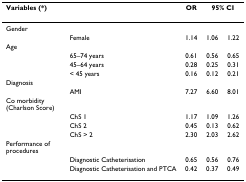
| Variables (*) |  | OR | <COLSPAN=2> 95% CI |
 | --- | --- | --- | --- | --- |
 | Gender |  |  |  |  |
 |  | Female | 1.14 | 1.06 | 1.22 |
 | Age |  |  |  |  |
 |  | 65–74 years | 0.61 | 0.56 | 0.65 |
 |  | 45–64 years | 0.28 | 0.25 | 0.31 |
 |  | < 45 years | 0.16 | 0.12 | 0.21 |
 | Diagnosis |  |  |  |  |
 |  | AMI | 7.27 | 6.60 | 8.01 |
 | Co morbidity (Charlson Score) |  |  |  |  |
 |  | ChS 1 | 1.17 | 1.09 | 1.26 |
 |  | ChS 2 | 0.45 | 0.13 | 0.62 |
 |  | ChS > 2 | 2.30 | 2.03 | 2.62 |
 | Performance of procedures |  |  |  |  |
 |  | Diagnostic Catheterisation | 0.65 | 0.56 | 0.76 |
 |  | Diagnostic Catheterisation and PTCA | 0.42 | 0.37 | 0.49 |